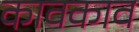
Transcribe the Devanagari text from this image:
कावकाव